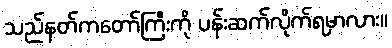
သည်နတ်ကတော်ကြီးကို ပန်းဆက်လိုက်ရမှာလား။